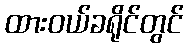
ထားဝယ်ခရိုင်တွင်